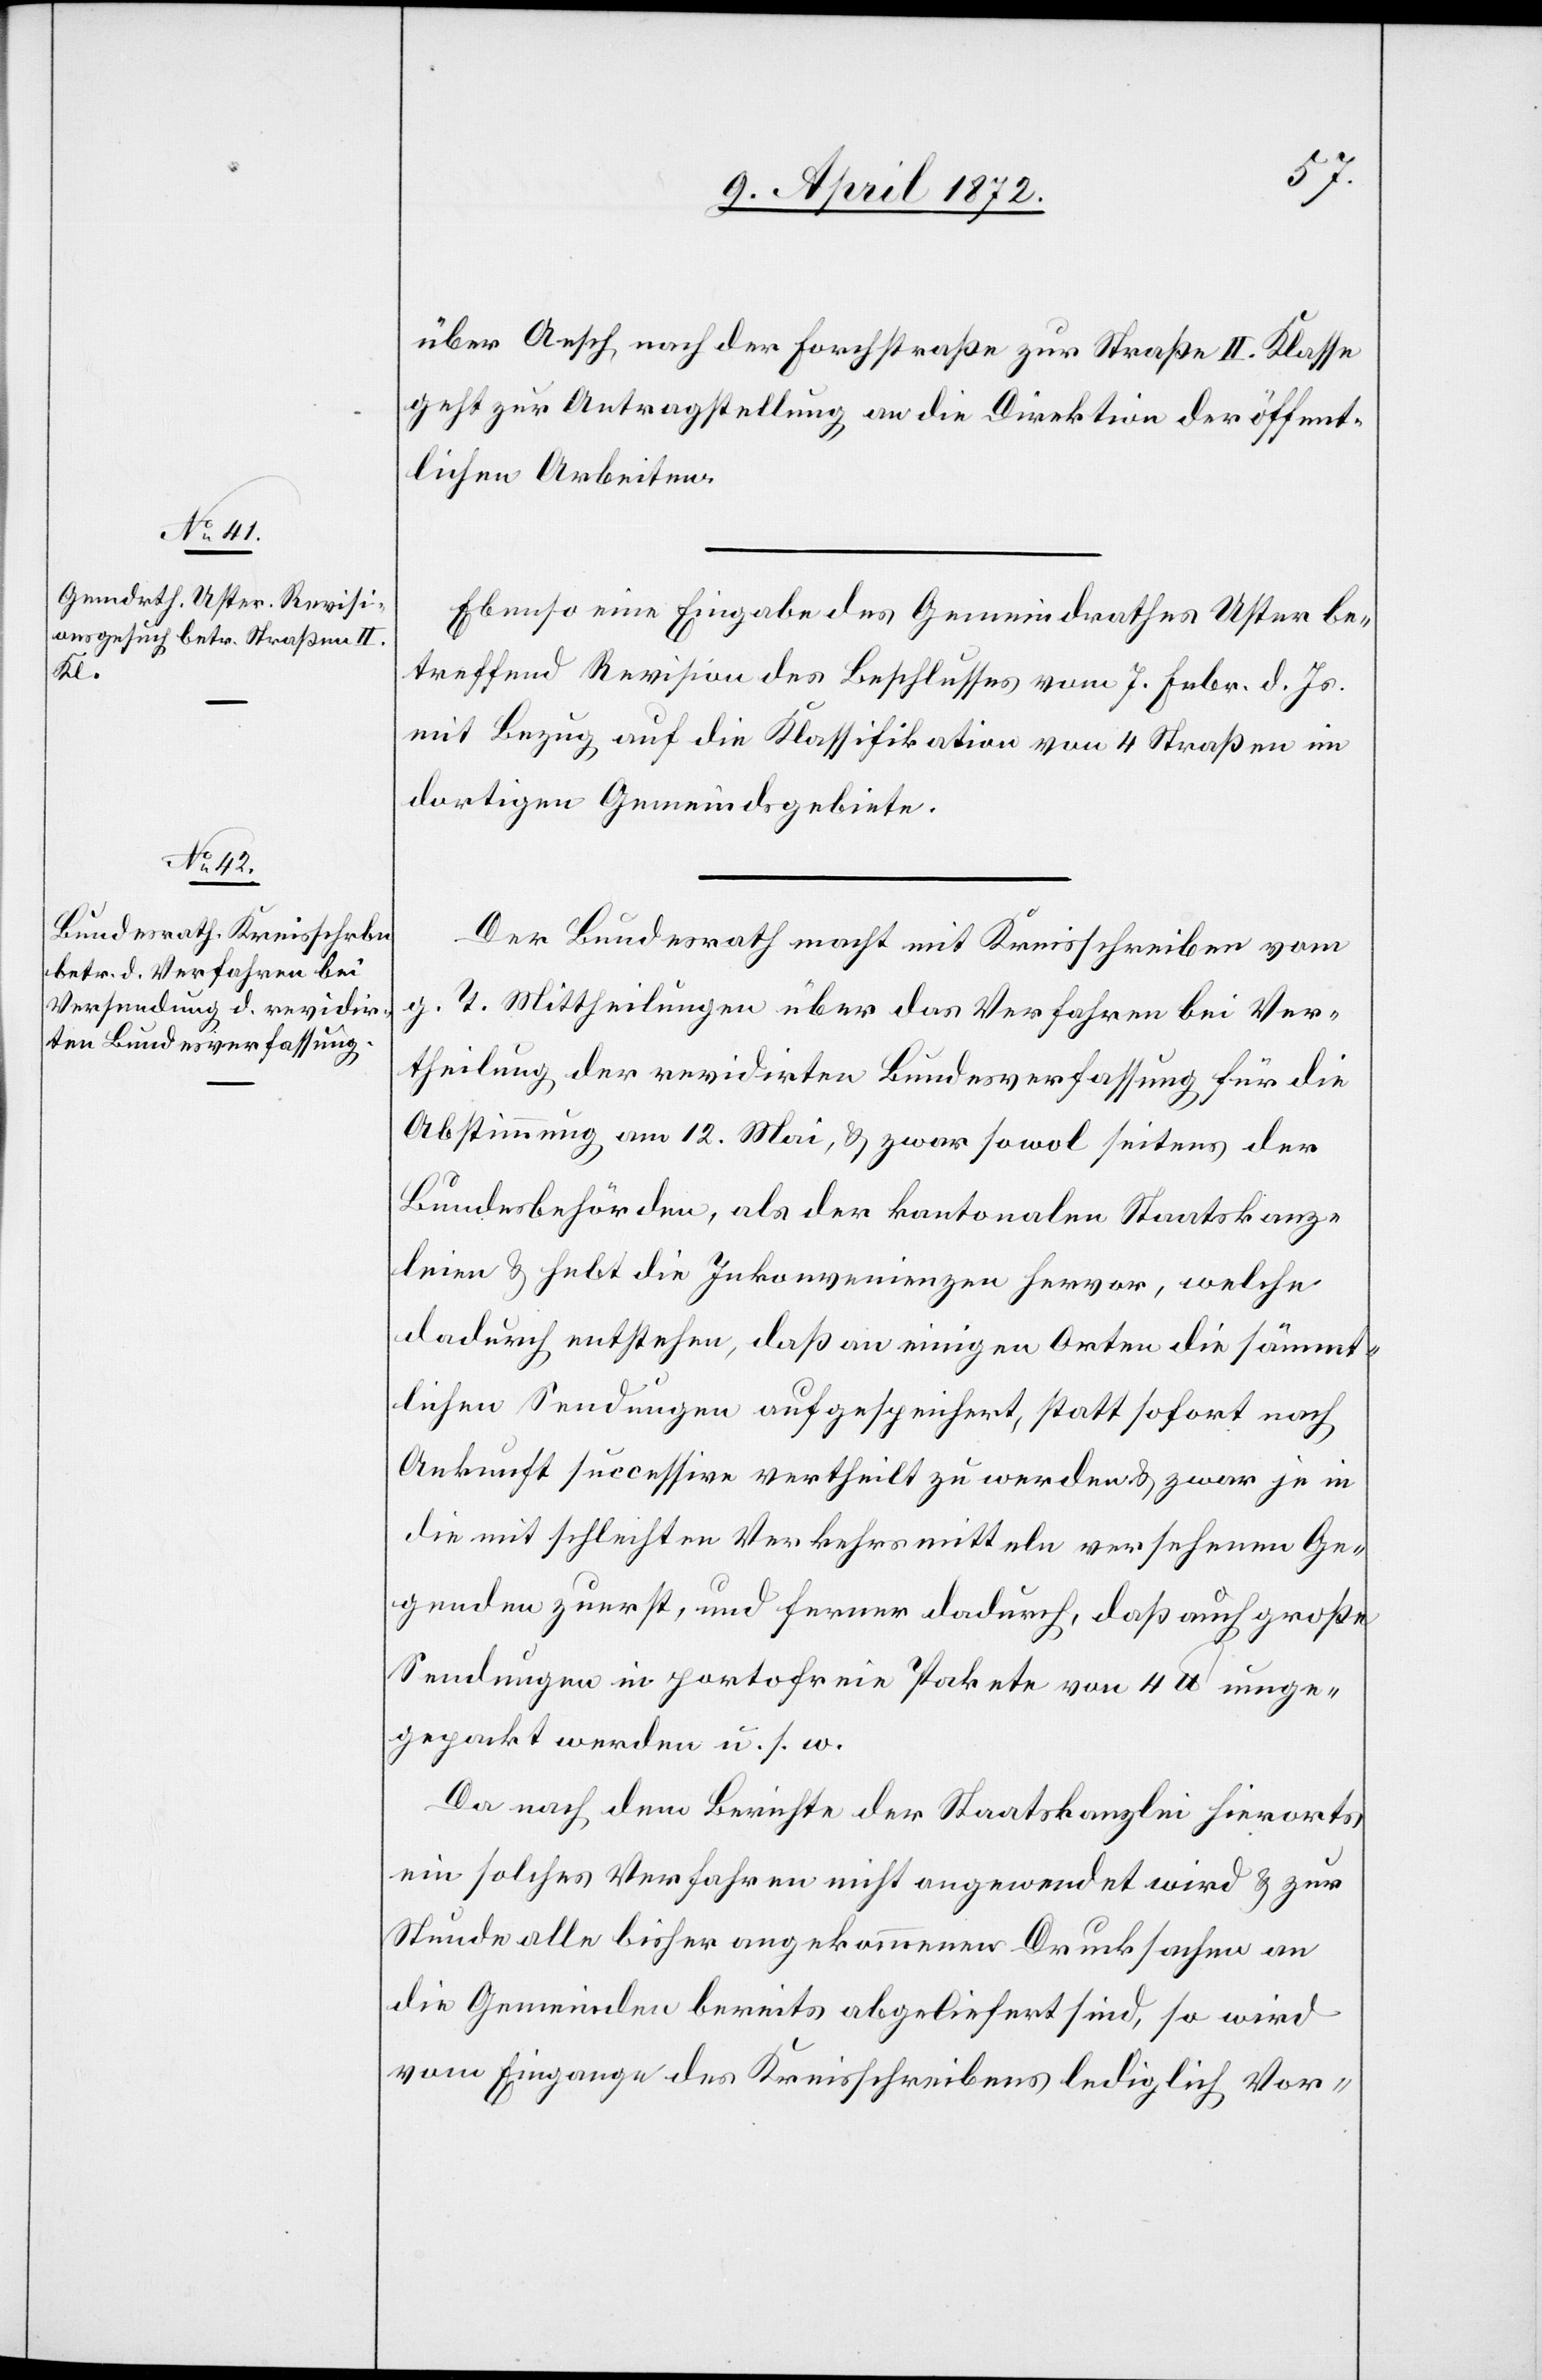
9. April 1872.]
über Aesch nach der Forchstraße zur Straße II. Klasse
geht zur Antragstellung an die Direktion der öffent¬
lichen Arbeiten.
Ebenso eine Eingabe des Gemeindrathes Uster be¬
treffend Revision des Beschlusses vom 7. Febr. d. Js.
mit Bezug auf die Klassifikation von 4 Straßen im
dortigen Gemeindsgebiete.
Der Bundesrath macht mit Kreisschreiben vom
g. T. Mittheilungen über das Verfahren bei Ver¬
theilung der revidirten Bundesverfassung für die
Abstimmung am 12. Mai, u. zwar sowol seitens der
Bundesbehörden, als der kantonalen Staatskanz¬
leien u. hebt die Inkonvenienzen hervor, welche
dadurch entstehen, daß an einigen Orten die sämmt¬
lichen Sendungen aufgespeichert, statt sofort nach
Ankunft successive vertheilt zu werden u. zwar je in
die mit schlechten Verkehrsmitteln versehenen Ge¬
genden zuerst, und ferner dadurch, daß auch große
Sendungen in portofreie Pakete von 4 lb einge¬
packt werden u. s. w.
Da nach dem Berichte der Staatskanzlei hierorts
ein solches Verfahren nicht angewendet wird u. zur
Stunde alle bisher angekommenen Drucksachen an
die Gemeinden bereits abgeliefert sind, so wird
vom Eingange des Kreisschreibens lediglich Vor-